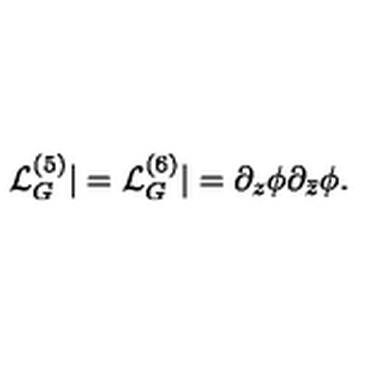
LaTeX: { \mathcal L } _ { G } ^ { ( 5 ) } | = { \mathcal L } _ { G } ^ { ( 6 ) } | = \partial _ { z } \phi \partial _ { \bar { z } } \phi .